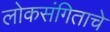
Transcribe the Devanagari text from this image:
लोकसंगिताचे